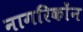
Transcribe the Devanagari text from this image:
नागरिकोंन